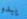
يبدو